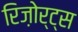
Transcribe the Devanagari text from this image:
रिज़ोर्ट्स